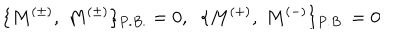
LaTeX: \{ M ^ { ( \pm ) } , \; M ^ { ( \pm ) } \} _ { P . B . } = 0 , \; \; \{ M ^ { ( + ) } , \; M ^ { ( - ) } \} _ { P . B . } = 0